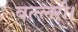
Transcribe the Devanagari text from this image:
वल्लरी।